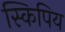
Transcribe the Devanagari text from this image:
स्किपिय